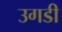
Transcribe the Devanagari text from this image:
उगडी